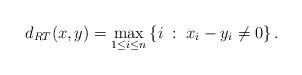
LaTeX: \begin{align*} d_{RT}(x,y) = \max_{1\leq i\leq n} \left\{ i \;:\; x_i-y_i \ne 0\right\}.\end{align*}